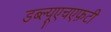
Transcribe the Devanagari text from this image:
डब्ल्यूएचएफ़टी